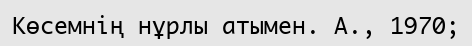
Көсемнің нұрлы атымен. А., 1970;